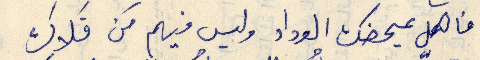
فالكل يمحضك الوداد وليس فيهم من فَلاك